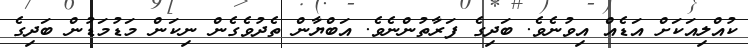
ކުއްލިއަކަށް އަޑެއް އިވުނެވެ. ބަދިގެ ފަރާތުންނެވެ. އަބްޔާން ތެދުވެގެން ނިކަން މަޑުމަޑުން ބަދިގެ